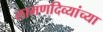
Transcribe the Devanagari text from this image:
लामणदिव्यांच्या